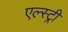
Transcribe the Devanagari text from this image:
एल्स्ट्री